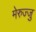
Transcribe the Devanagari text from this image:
मेरुज्जु